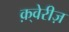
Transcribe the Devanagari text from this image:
क़्वेरीज़